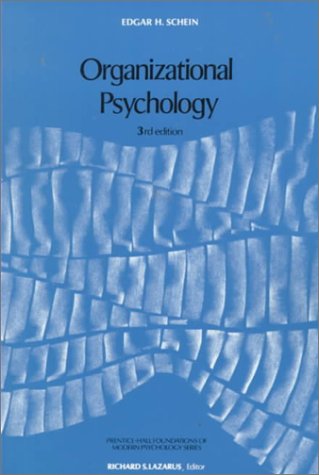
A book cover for Organizational Psychology (3rd Edition); Edgar H. Schein; Medical Books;